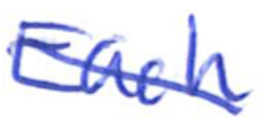
Text: Each
Cross-out: diagonal
Writing tool: ballpoint